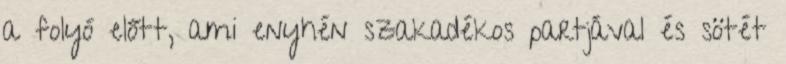
a folyó előtt, ami enyhén szakadékos partjával és sötét